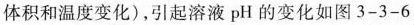
体积和温度变化)，引起溶液 pH 的变化如图 3 - 3 - 6